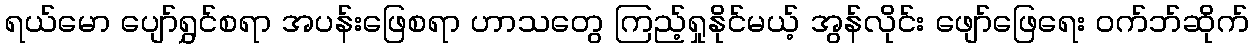
ရယ်မော ပျော်ရွှင်စရာ အပန်းဖြေစရာ ဟာသတွေ ကြည့်ရှုနိုင်မယ့် အွန်လိုင်း ဖျော်ဖြေရေး ၀က်ဘ်ဆိုက်